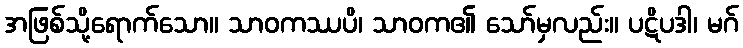
အဖြစ်သို့ရောက်သော။ သာဝကဿပိ၊ သာဝက၏ သော်မှလည်း။ ပဋိပဒါ၊ မဂ်